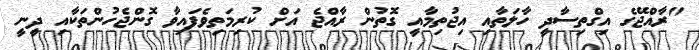
"ރާއްޖޭގެ އިގްތިސާދީ ހާލަތާއި އިޖުތިމާއީ ގޮތުން ރާއްޖެ އަށް ކުރިމަތިވެފައިވާ ގޮންޖެހުންތަކާއި ދީނީ